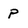
Character: P